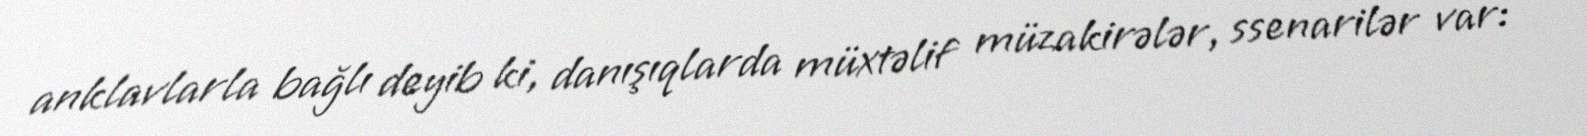
anklavlarla bağlı deyib ki, danışıqlarda müxtəlif müzakirələr, ssenarilər var: